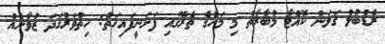
ރެޑްބުލް ގަލަން ކޮއްޓާ މުބާރާތް މި މަހުގެ ތެރޭގައި ފަށަނީފައިހަތު: ހިތްވަރުގަދަ ޒުވާނެއް